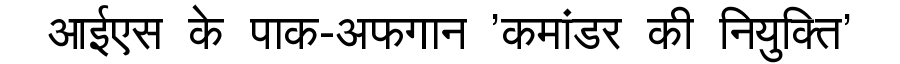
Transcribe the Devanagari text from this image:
आईएस के पाक-अफगान 'कमांडर की नियुक्ति'